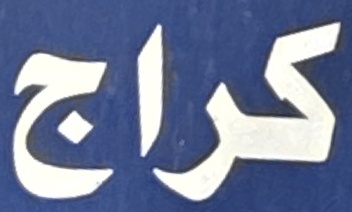
كراج